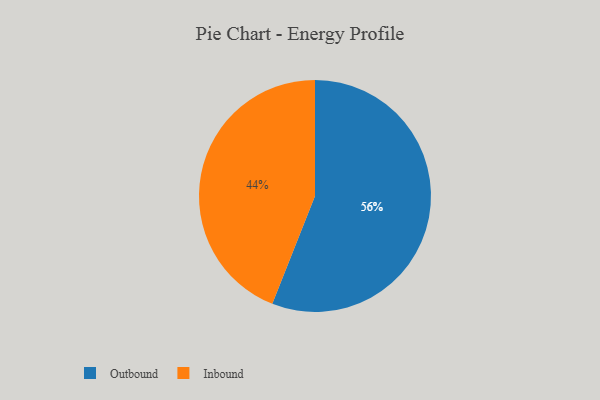
{"axis": {"x": "Category", "y": "Percentage"}, "legend": ["Inbound", "Outbound"], "data": [{"x": "Inbound", "y": 44, "type": "Inbound"}, {"x": "Outbound", "y": 56, "type": "Outbound"}]}